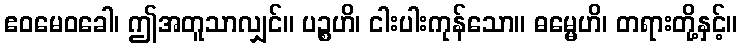
ဧဝမေဝခေါ၊ ဤအတူသာလျှင်။ ပဉ္စဟိ၊ ငါးပါးကုန်သော။ ဓမ္မေဟိ၊ တရားတို့နှင့်။